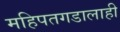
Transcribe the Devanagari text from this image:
महिपतगडालाही